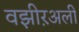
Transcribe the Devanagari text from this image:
वझीऱअली